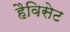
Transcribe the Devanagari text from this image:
हैविसेट